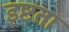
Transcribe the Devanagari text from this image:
इष्टता